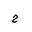
Letter: _ha